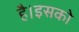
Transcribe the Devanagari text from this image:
है।इसको